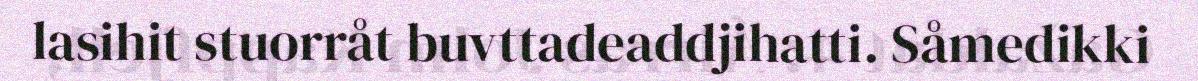
lasihit stuorråt buvttadeaddjihatti. Såmedikki